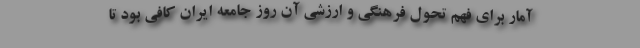
آمار برای فهم تحول فرهنگی و ارزشی آن روز جامعه ایران کافی بود تا